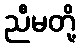
ညီမတို့